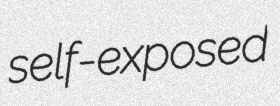
self-exposed